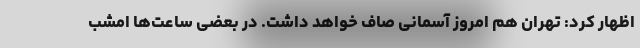
اظهار کرد: تهران هم امروز آسمانی صاف خواهد داشت. در بعضی ساعت‌ها امشب